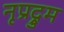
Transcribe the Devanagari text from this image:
नृप्रद्रुम